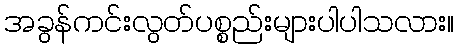
အခွန်ကင်းလွတ်ပစ္စည်းများပါပါသလား။